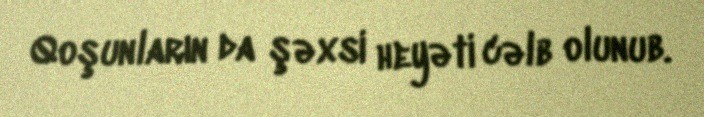
Qoşunların da şəxsi heyəti cəlb olunub.